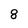
Character: 8